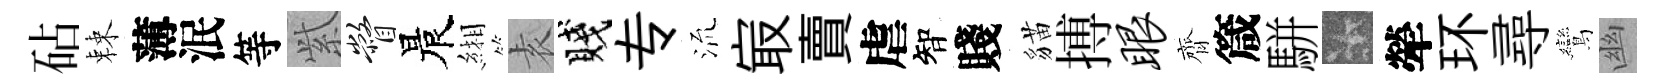
砧棘薄泯等𬗋瞥晨緗𡊮賤专𣴑㝡賣虐智賤貓搏眼齊箴駢卡犖环尋鸞幽